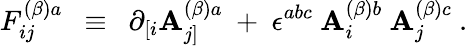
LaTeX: F_{ij}^{(\beta)a}~~\equiv~~\partial_{[i}\mathbf{A}_{j]}^{(\beta)a}~+~\epsilon^{abc}~\mathbf{A}_{i}^{(\beta)b}~\mathbf{A}_{j}^{(\beta)c}~.